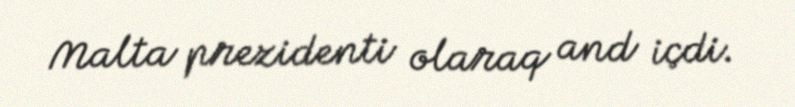
Malta prezidenti olaraq and içdi.